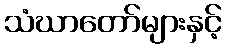
သံဃာတော်များနှင့်